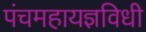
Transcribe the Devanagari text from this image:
पंचमहायज्ञविधी